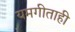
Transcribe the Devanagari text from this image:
यमगीताही